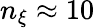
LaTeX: n_{\xi}\approx 10